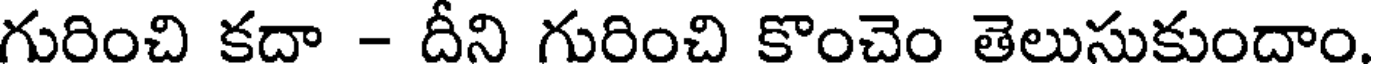
గురించి కదా - దీని గురించి కొంచెం తెలుసుకుందాం